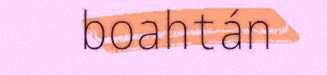
boahtán